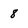
Character: 8